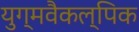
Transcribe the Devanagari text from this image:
युग्मवैकल्पिक